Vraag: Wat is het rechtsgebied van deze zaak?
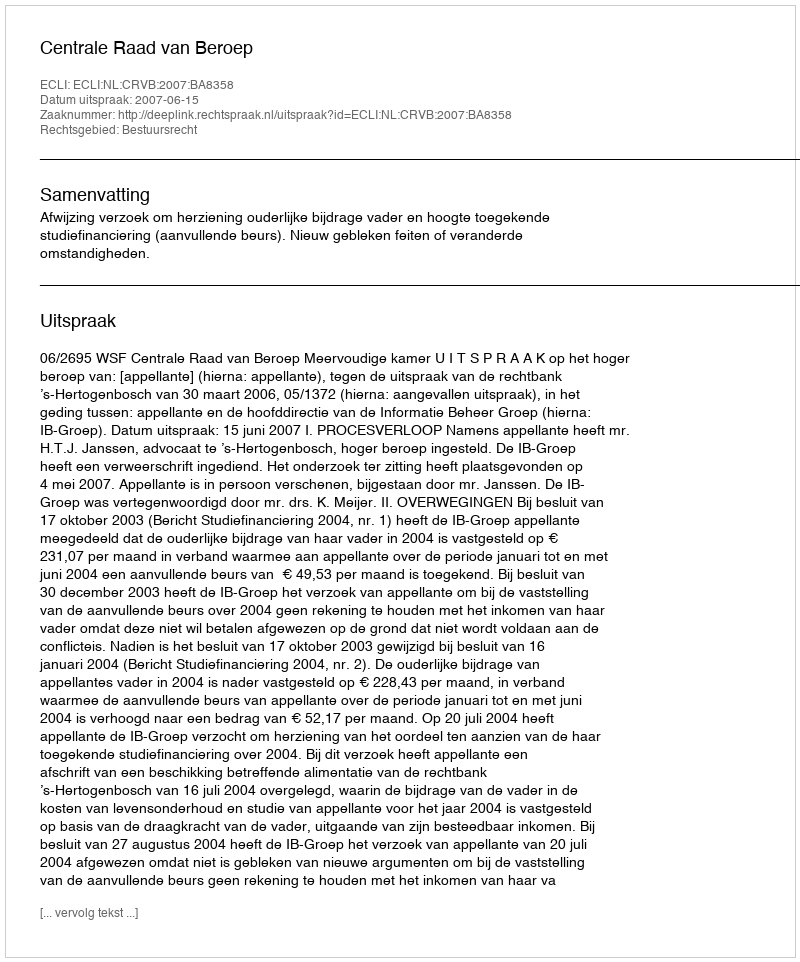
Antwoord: Bestuursrecht